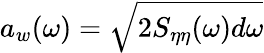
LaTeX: a_{w}(\omega)=\sqrt{2S_{\eta\eta}(\omega)d\omega}